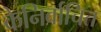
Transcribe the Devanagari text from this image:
केनिर्वाचित